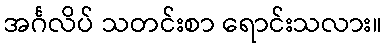
အင်္ဂလိပ် သတင်းစာ ရောင်းသလား။